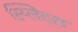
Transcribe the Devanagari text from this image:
स्प्लिंट्स